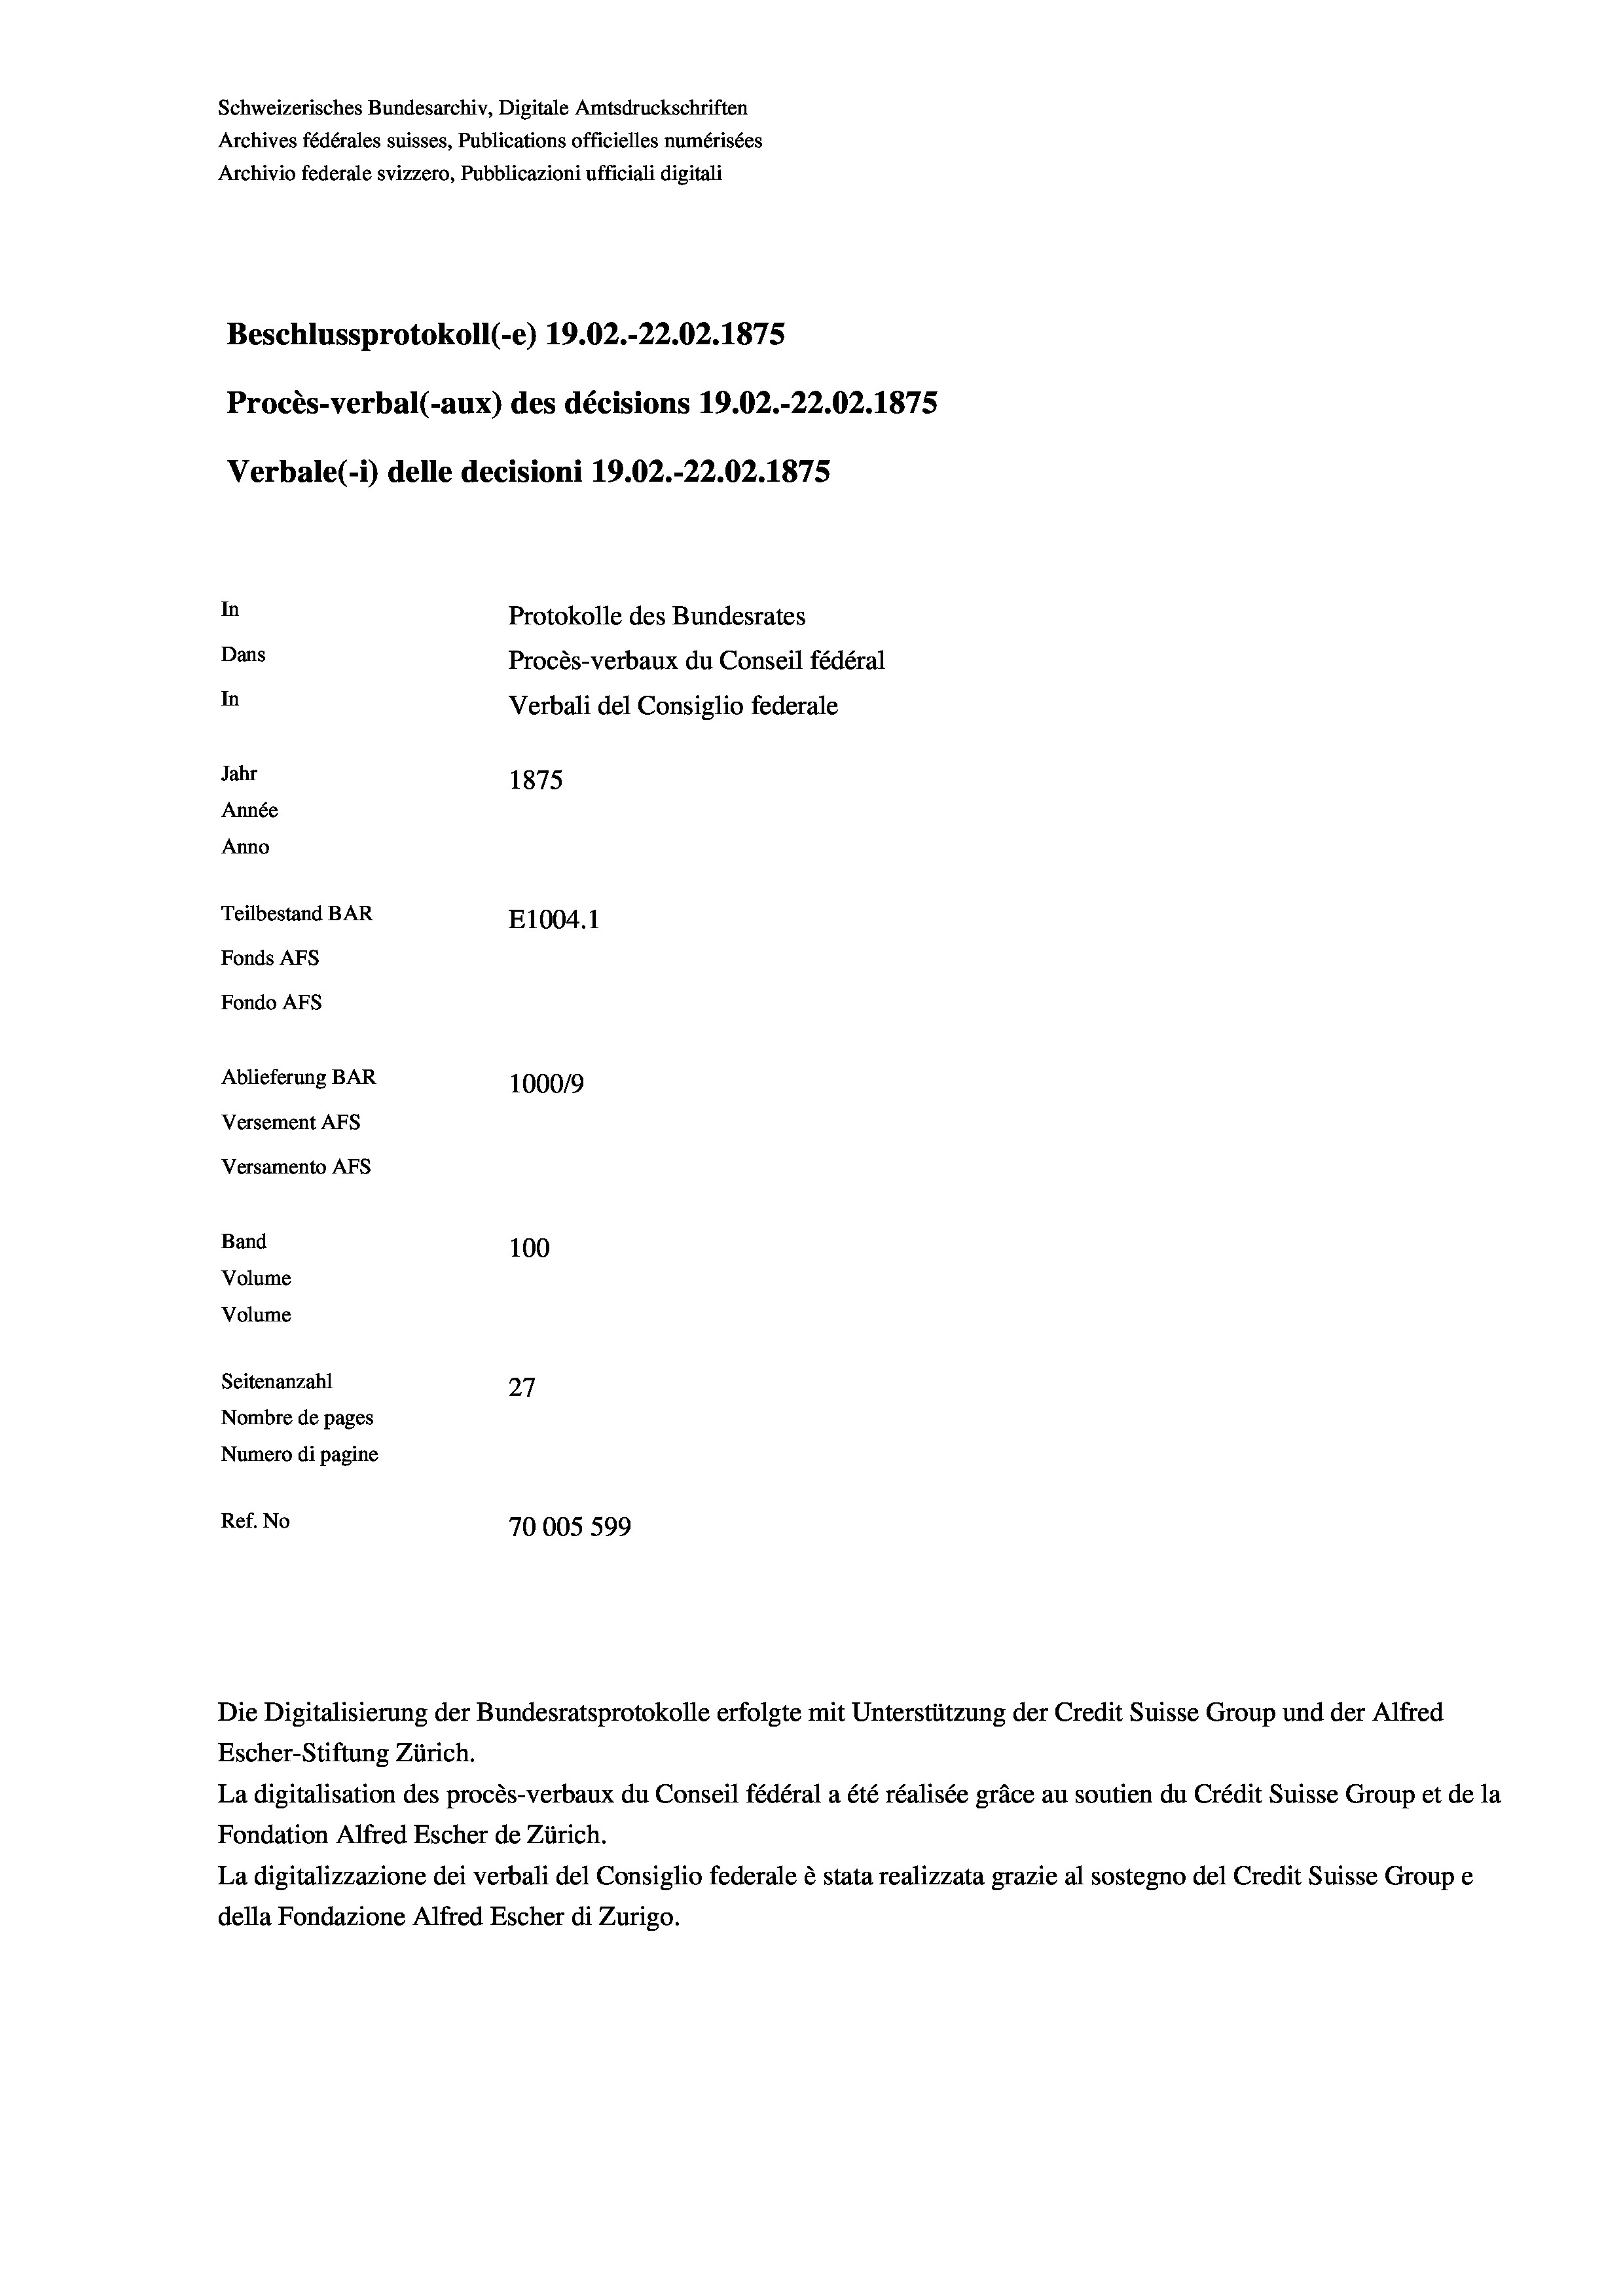
Schweizerisches Bundesarchiv, Digitale Amtsdruckschriften
Archives fédérales suisses, Publications officielles numérisées
Archivio federale svizzero, Pubblicazioni ufficiali digitali
Beschlussprotokoll (-e) 19.02.-22.02. 1875
Procès-verbal (-aux) des décisions 19.02.-22.02. 1875
Verbale(-*) delle decisioni 19.02.-22.02. 1875
In
Protokolle des Bundesrates
Dans
Procès-verbaux du Conseil fédéral
In
Verbali del Consiglio federale
Jahr
1875
Année
Anno
Teilbestand BAR
E1004.1
Fonds AFs
Fondo Afs
Ablieferung BAR
100019
Versement AFs
Versamento Afs
Band
100
Volume

Volume
Seitenanzahl
27
Nombre de pages
Numero di pagine
Ref. No
70005 599

Die Digitalisierung der Bundesratsprotokolle erfolgte mit Unterstützung der Credit Suisse Group und der Alfred
Escher-Stiftung Zürich.
La digitalisation des procès-verbaux du Conseil fédéral a été réalisée gräce au soutien du Crédit Suisse Group et de la
Fondation Alfred Escher de Zürich.
La digitalizzazione dei verbali del Consiglio federale è stata realizzata grazie al sostegno del Credit Suisse Groupe
della Fondazione Alfred Escher di Zurigo.